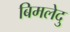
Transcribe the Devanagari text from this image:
बिमलेदु